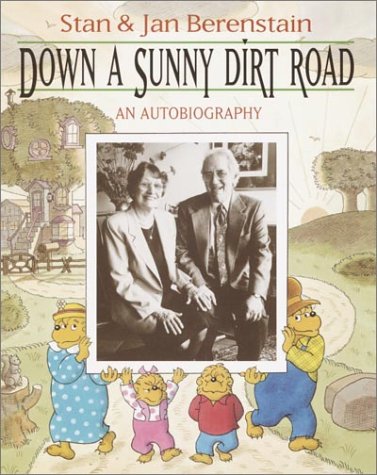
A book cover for Down a Sunny Dirt Road: An Autobiography; Stan Berenstain; Teen & Young Adult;